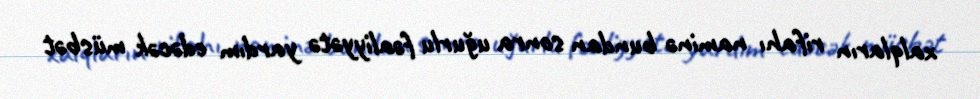
xalqların rifahı naminə bundan sonra uğurlu fəaliyyətə yardım edəcək müsbət